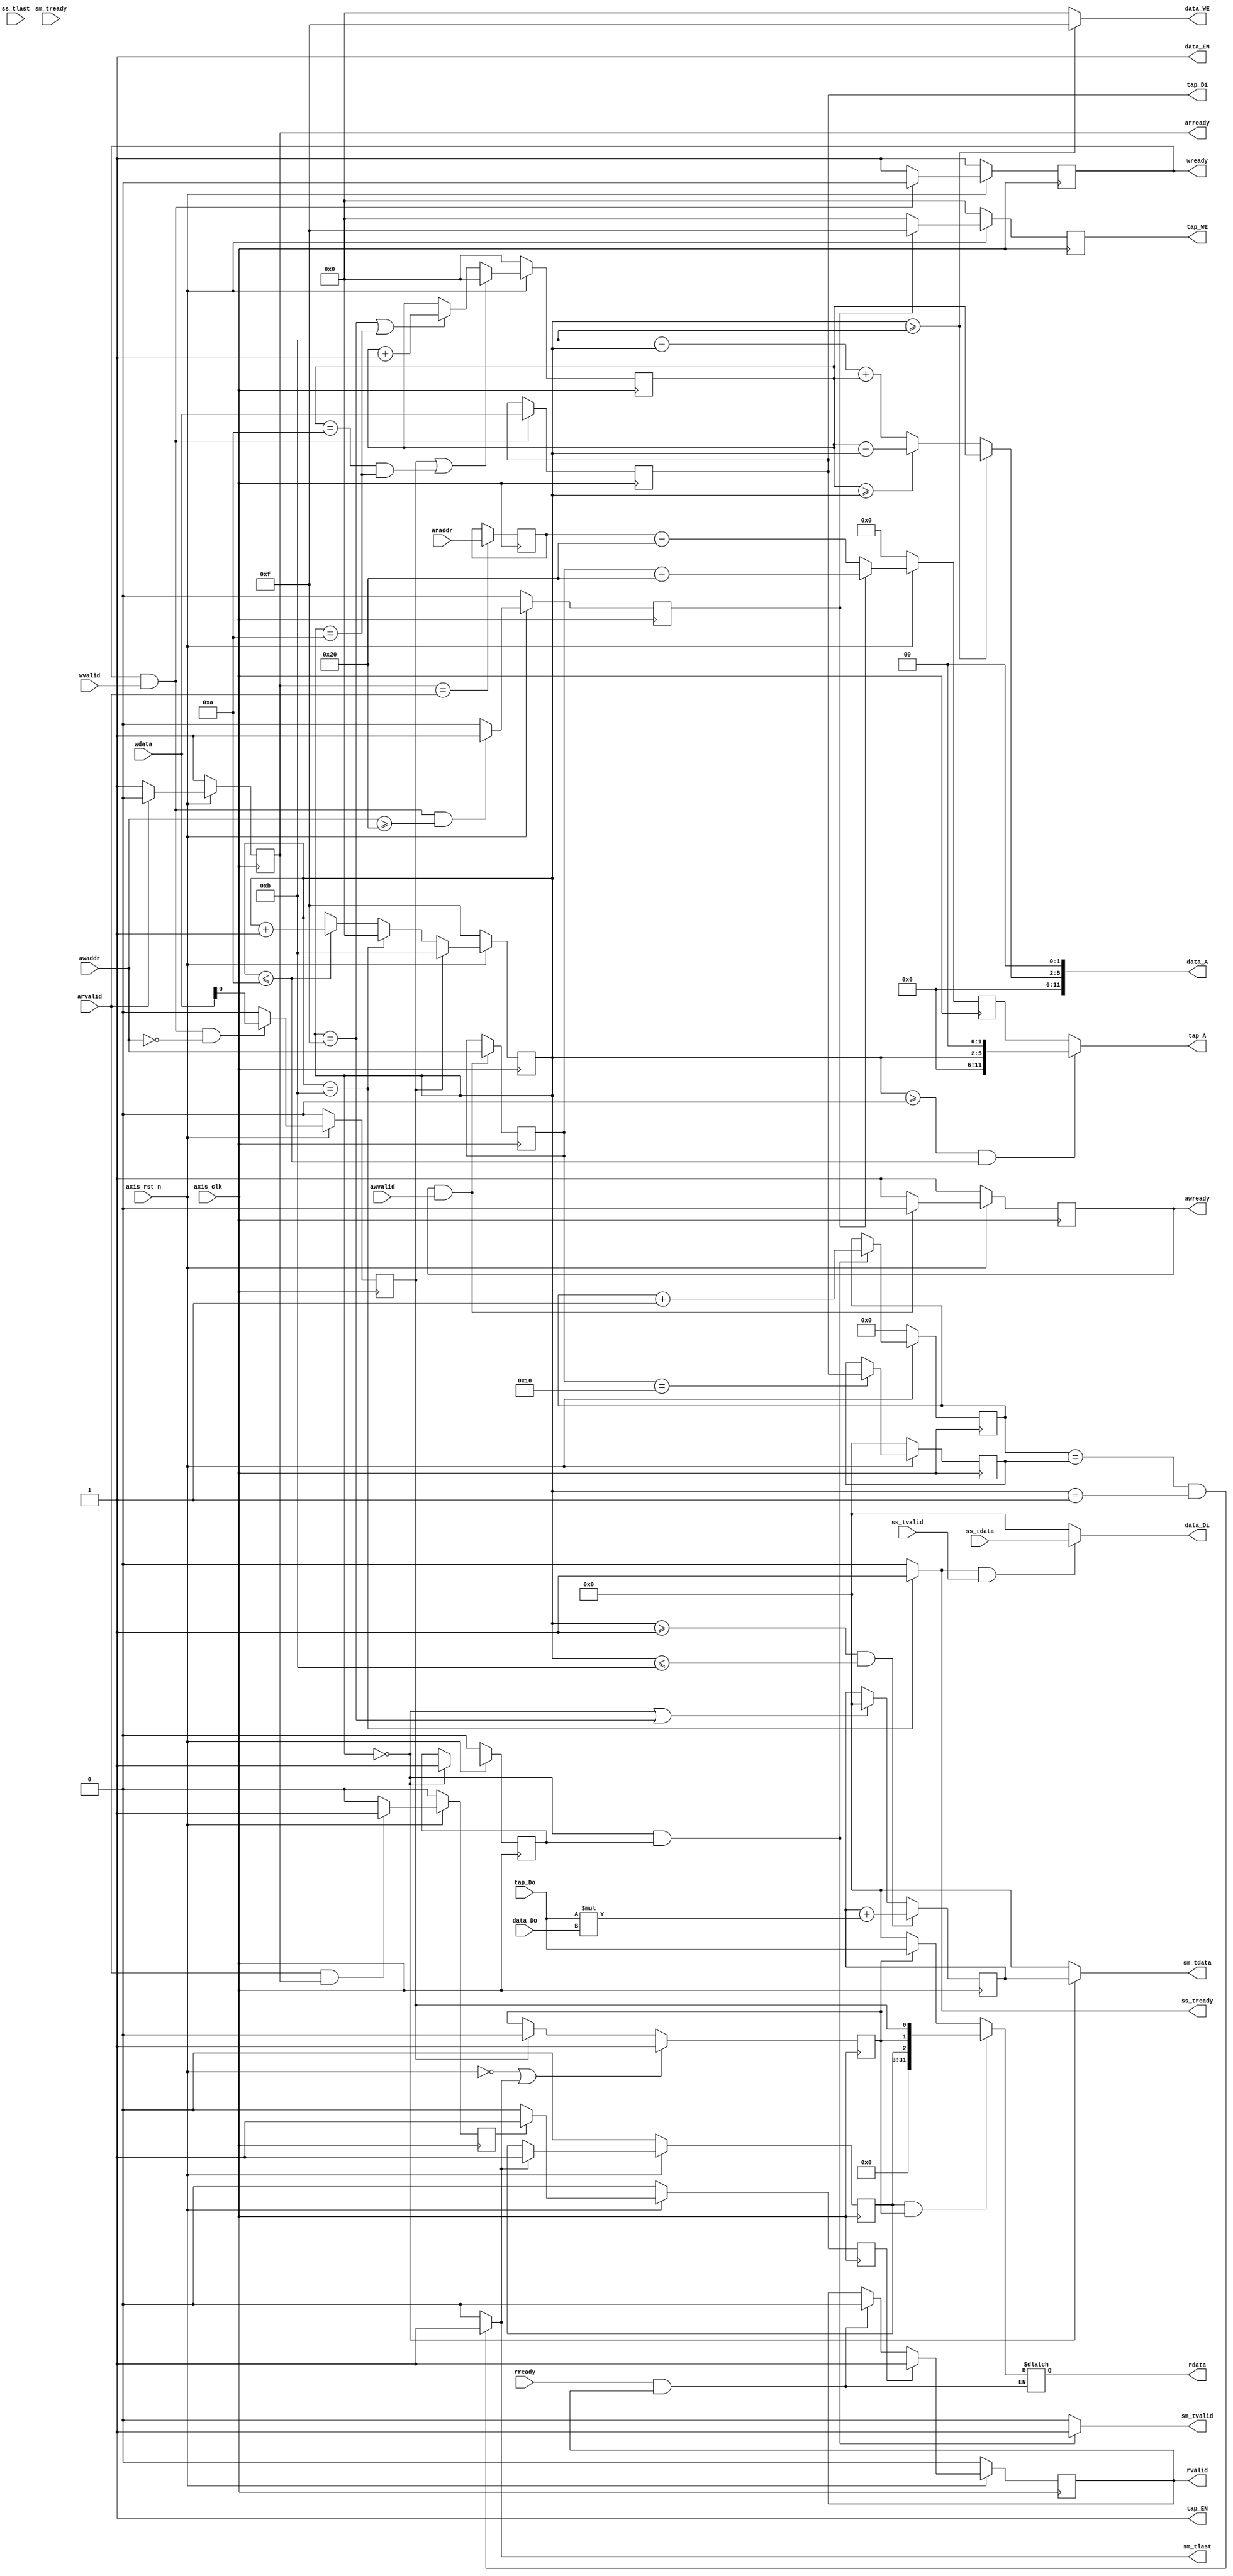
module fir 
#(  parameter pADDR_WIDTH = 12,
    parameter pDATA_WIDTH = 32,
    parameter Tape_Num    = 11
)
(
    output  wire                     awready,
    output  wire                     wready,
    input   wire                     awvalid,
    input   wire [(pADDR_WIDTH-1):0] awaddr,
    input   wire                     wvalid,
    input   wire [(pDATA_WIDTH-1):0] wdata,
    
    output  wire                     arready,
    input   wire                     rready,
    input   wire                     arvalid,
    input   wire [(pADDR_WIDTH-1):0] araddr,
    output  wire                     rvalid,
    output  wire [(pDATA_WIDTH-1):0] rdata,    
    
    input   wire                     ss_tvalid, 
    input   wire [(pDATA_WIDTH-1):0] ss_tdata, 
    input   wire                     ss_tlast, 
    output  wire                     ss_tready, 
    
    input   wire                     sm_tready, 
    output  wire                     sm_tvalid, 
    output  wire [(pDATA_WIDTH-1):0] sm_tdata, 
    output  wire                     sm_tlast, 
    
    // bram for tap RAM
    output  wire [3:0]               tap_WE,
    output  wire                     tap_EN,
    output  wire [(pDATA_WIDTH-1):0] tap_Di,
    output  wire [(pADDR_WIDTH-1):0] tap_A,
    input   wire [(pDATA_WIDTH-1):0] tap_Do,

    // bram for data RAM
    output  wire [3:0]               data_WE,
    output  wire                     data_EN,
    output  wire [(pDATA_WIDTH-1):0] data_Di,
    output  wire [(pADDR_WIDTH-1):0] data_A,
    input   wire [(pDATA_WIDTH-1):0] data_Do,

    input   wire                     axis_clk,
    input   wire                     axis_rst_n
);


    // write your code here!
    reg ap_start;
    reg ap_done;
    reg ap_idle;
    reg [31:0] data_length;
    reg [3:0] we;
    reg [3:0] counter;
    //axi lite read

    reg reg_arready;
    reg reg_rvalid;
    reg [(pDATA_WIDTH-1):0] reg_rdata;
    reg [(pADDR_WIDTH-1):0] reg_araddr;

    
    assign arready = reg_arready;
    assign rvalid = reg_rvalid;
    assign rdata = reg_rdata;
    reg reg_rvalid_temp;
    reg reg_rvalid_temp2;
    always@(posedge axis_clk) begin
        if(axis_rst_n==0) begin
            reg_arready <= 1;
        end
       // else if((reg_arready == 1) && (arvalid == 1))begin
       else if(arvalid == 1)begin
            reg_arready <= 0;
        end
        else begin
            reg_arready <= 1;
        end
        
        if(axis_rst_n==0) begin
            reg_rvalid <= 0;
        end
        else if(reg_rvalid_temp2) begin
            reg_rvalid <= 1;
        end
        else if((reg_rvalid == 1) && (rready == 1))begin
            reg_rvalid <= 0;
        end
        else begin
            reg_rvalid <= reg_rvalid;
        end
        
        if(axis_rst_n==0) begin
            reg_rvalid_temp <= 0;
        end
        else if((arvalid == 1) && (arready == 1)) begin
            reg_rvalid_temp <= 1;
        end
        else begin
            reg_rvalid_temp <= 0;
        end
        
        if(axis_rst_n==0) begin
            reg_rvalid_temp2 <= 0;
        end
        else if(reg_rvalid_temp) begin
            reg_rvalid_temp2 <= 1;
        end
        else begin
            reg_rvalid_temp2 <= 0;
        end
    end

    always@(posedge axis_clk) begin

        if(reg_arready == arvalid)begin
            reg_araddr <= araddr;
        end
        else begin
            reg_araddr <= reg_araddr;
        end
    end
    always@(*) begin
        if((rready == 1) && (reg_rvalid == 1)) begin
            if(ap_done==1 && ap_idle==1)begin
                reg_rdata = {29'b0,ap_done,ap_idle,ap_start};
            end
            else if(ap_idle==1)begin
                reg_rdata = tap_Do;
            end
            else begin
                reg_rdata = 0;
            end
        end
        else begin
            reg_rdata = reg_rdata;
        end
    end
    

    
    //axi lite write
    
    reg reg_awready;
    reg reg_wready;

    reg [(pADDR_WIDTH-1):0] reg_awaddr;
    reg [(pDATA_WIDTH-1):0] reg_wdata;
    assign rdata = reg_rdata;
    assign awready = reg_awready;
    assign wready = reg_wready;
    
    always@(posedge axis_clk) begin
        if(axis_rst_n==0) begin
            reg_awready <= 1;
        end
        else if((reg_awready == 1) && (awvalid == 1))begin
            reg_awready <= 0;
        end
        else begin
            reg_awready <= 1;
        end
        
        if(axis_rst_n==0) begin
            reg_wready <= 1;
        end
        else if((reg_wready == 1) && (wvalid == 1))begin
            reg_wready <= 0;
        end
        else begin
            reg_wready <= 1;
        end
    end
    reg reg_wready_temp;
    always@(posedge axis_clk) begin
        if(axis_rst_n==0) begin
            reg_wready_temp <= 0;
        end
        else if((reg_wready == 1) && (wvalid == 1) && awaddr>=12'h20)begin
            reg_wready_temp <= 1;
        end
        else begin
            reg_wready_temp <= 0;
        end
    end
    always@(posedge axis_clk) begin
        if((reg_awready == 1) && (awvalid==1))begin
            reg_awaddr <= awaddr;
        end
        else begin
            reg_awaddr <= reg_awaddr;
        end
    end
    
    always@(posedge axis_clk) begin

        if((reg_wready == 1) && (wvalid == 1))begin
            reg_wdata <= wdata;
        end
        else begin
            reg_wdata <= reg_wdata;
        end
    end
    always@(posedge axis_clk) begin
        if(axis_rst_n==0) begin
            data_length <= 0;
        end
        else if(reg_awaddr == 11'h10)begin
            data_length <= reg_wdata;
        end
        else begin
            data_length <= data_length;
        end
    end
    always@(posedge axis_clk) begin
        if(axis_rst_n==0) begin
            ap_start <= 0;
        end
        else if(wvalid==1 && wready==1 && awaddr==0)begin
            ap_start <= wdata;
        end
        else if(ap_start) begin
            ap_start <= 0;
        end
        else begin
            ap_start <= ap_start;
        end
    end
    //reg reg_tap_EN;

    //reg reg_tap_Di;
    
    assign tap_WE = we;
    assign tap_EN = 1;

    assign tap_Di = reg_wdata;
    reg [(pADDR_WIDTH-1):0] reg_tap_A;
    assign tap_A = (counter>=0 && counter<=10)?(counter<<2):reg_tap_A;
    always@(posedge axis_clk) begin
        if(axis_rst_n==0)begin
            reg_tap_A <= 0;
        end
        else if(reg_wready_temp)begin
            reg_tap_A <= reg_awaddr-32;
        end
        else begin
            reg_tap_A <= reg_araddr-32;
        end
    end
    
    always@(posedge axis_clk) begin
        if(axis_rst_n==0) begin
            we <= 4'b0;
        end
        else if(reg_wready_temp)begin
            we <= 4'b1111;
        end
        else begin
            we <= 0;
        end
    end  
    /*
    always@(*)begin
     if(awaddr>=12'h20 || araddr>=12'h20)begin
        reg_tap_EN = 1;
     end
     else begin
        reg_tap_EN = 0;
     end
    end
    */
/*
    input   wire                     ss_tvalid, 
    input   wire [(pDATA_WIDTH-1):0] ss_tdata, 
    input   wire                     ss_tlast, 
    output  wire                     ss_tready, 
    
    output  wire [3:0]               data_WE,
    output  wire                     data_EN,
    output  wire [(pDATA_WIDTH-1):0] data_Di,
    output  wire [(pADDR_WIDTH-1):0] data_A,
    input   wire [(pDATA_WIDTH-1):0] data_Do,
*/

assign data_EN = 1;
assign data_WE = (counter>=4'd11)?4'b1111:0;
reg [(pADDR_WIDTH-1):0] reg_data_A;

assign data_EN = 1;
reg [(pDATA_WIDTH-1):0] reg_data_Di;
reg reg_ss_tready;
assign data_Di = reg_data_Di;
always@(*)begin
    if(ss_tready==1 && ss_tvalid==1)begin
        reg_data_Di = ss_tdata;
    end
    else begin
        reg_data_Di = 0;
    end
end

always@(*)begin
    if(counter == 4'd11)begin
        reg_ss_tready =1;
    end
    else begin
        reg_ss_tready = 0;
    end
end
assign ss_tready = reg_ss_tready;
reg [3:0] pointer;
always@(posedge axis_clk)begin
    if(axis_rst_n==0)begin
        pointer <= 0;
    end
    else if(ap_start || (pointer==4'd10 && counter==4'd10))begin
        pointer <= 0;
    end
    else if(counter == 4'd15 || counter==4'd10) begin
        pointer <= pointer + 1;
    end
    else begin
        pointer <= pointer;
    end
end
wire [3:0] pointerpluscounter;
assign pointerpluscounter = (pointer  >= counter)?(pointer - counter):(4'd11-counter+pointer);
assign data_A = reg_data_A<<2;
always@(*)begin
    if(counter>=4'd11)begin
        reg_data_A = pointer;
    end
    else begin
        reg_data_A = pointerpluscounter;
    end
end
always@(posedge axis_clk)begin
    if(axis_rst_n==0)begin
        counter <= 4'd15;
    end
    else if(ap_start)begin
        counter <= 4'd11;
    end
    else if(counter==4'd11)begin
        counter <= 4'd0;
    end
    else if(counter<=4'd10)begin
        counter <= counter + 1;
    end
    else begin
    end
end
wire [31:0] multiply_result;
assign multiply_result = $signed(tap_Do)*$signed(data_Do);
reg [31:0] adder;
always@(posedge axis_clk)begin
    if(counter>=4'd1 && counter<=4'd11)begin
        adder <= adder + multiply_result;
    end
    else if(counter==0 || counter==4'd15)begin
        adder <= 0;
    end
    else begin
        adder <= adder;
    end
end
/*    input   wire                     sm_tready, 
    output  wire                     sm_tvalid, 
    output  wire [(pDATA_WIDTH-1):0] sm_tdata, 
    output  wire                     sm_tlast, 
    */
    reg temp;
always@(posedge axis_clk)begin
    if(axis_rst_n==0)begin
        temp <= 0;
    end
    else if(counter==0)begin
        temp <= 1;
    end
    else begin
        temp <= temp;
    end
end
    assign sm_tvalid = (counter==0 && temp)? 1:0;
    assign sm_tdata = (counter==0)? adder:0;
    reg [9:0] count_x;
always@(posedge axis_clk)begin
    if(axis_rst_n==0)begin
        count_x <= 0;
    end
    else if(counter==0 && temp)begin
        count_x <= count_x + 1;
    end
    else begin
        count_x <= count_x;
    end
end
assign sm_tlast = (count_x==data_length && counter==1)?1:0;

always@(posedge axis_clk)begin
    if(axis_rst_n==0 || sm_tlast==1)begin
        ap_idle <= 1;
    end
    else if(ap_start==1)begin
        ap_idle <= 0;
    end
    else begin
        ap_idle <= ap_idle;
    end
end
always@(posedge axis_clk)begin
    if(axis_rst_n==0 )begin
        ap_done <= 0;
    end
    else if(sm_tlast==1)begin
        ap_done <= 1;
    end
    else begin
        ap_done <= ap_done;
    end
end
endmodule